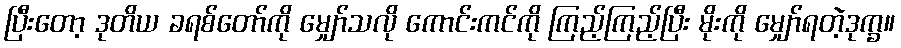
ပြီးတော့ ဒုတိယ ခရစ်တော်ကို မျှော်သလို ကောင်းကင်ကို ကြည့်ကြည့်ပြီး မိုးကို မျှော်ရတဲ့ဒုက္ခ။